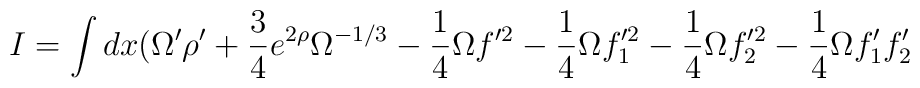
I = \int dx ( \Omega^{\prime} \rho^{\prime}+ \frac{3}{4} e^{2 \rho} \Omega^{-1 / 3}- \frac{1}{4} \Omega f^{\prime 2} -\frac{1}{4}  \Omega f_1^{\prime 2} - \frac{1}{4} \Omega f_2^{\prime 2}-\frac{1}{4} \Omega f_1^{\prime} f_2^{\prime}